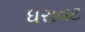
ધરાવટ